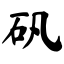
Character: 矾